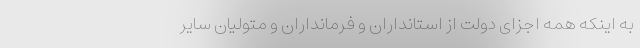
به اینکه همه اجزای دولت از استانداران و فرمانداران و متولیان سایر